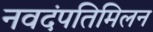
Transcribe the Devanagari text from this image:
नवदंपतिमिलन